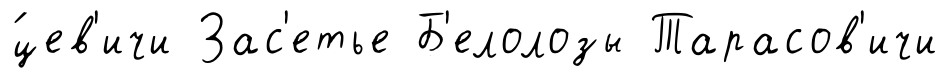
́цев'ичи Зас'етье Б'елолозы Тарасов'ичи